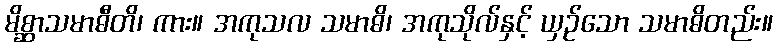
မိစ္ဆာသမာဓီတိ၊ ကား။ အကုသလ သမာဓိ၊ အကုသိုလ်နှင့် ယှဉ်သော သမာဓိတည်း။